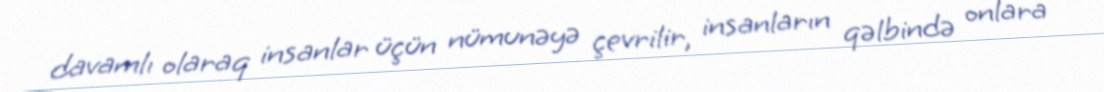
davamlı olaraq insanlar üçün nümunəyə çevrilir, insanların qəlbində onlara